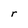
Character: r